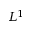
L ^ { 1 }